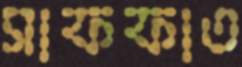
সাফফাত